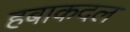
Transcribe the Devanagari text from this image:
हबाकदल